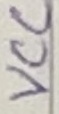
Text: VCC